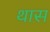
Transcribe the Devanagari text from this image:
थास